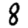
Digit: 8